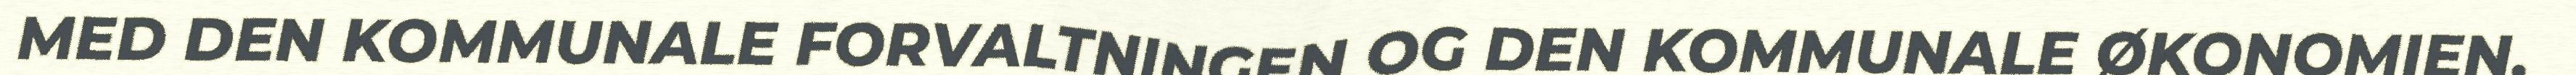
MED DEN KOMMUNALE FORVALTNINGEN OG DEN KOMMUNALE ØKONOMIEN,